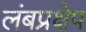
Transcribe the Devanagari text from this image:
लंबप्रक्षेप